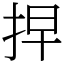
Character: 𢫵